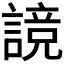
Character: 𰵃